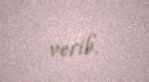
verib.